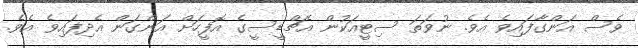
ވެސް އަންގާފައިވެ އެވެ. ނުވަތަ ސިޓީއަކުން އެޗްޑީސީގެ އޮފީހަށް އަންގަން އެދިފައިވެ އެވެ.